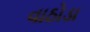
વાઠોડા